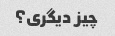
چیز دیگری؟